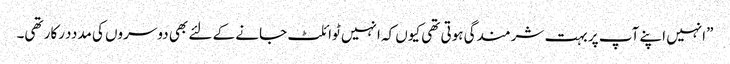
”انہیں اپنے آپ پر بہت شرمندگی ہوتی تھی کیوں کہ انہیں ٹوائلٹ جانے کے لئے بھی دوسروں کی مدددرکار تھی۔